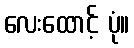
လေးထောင့် ပုံ။